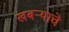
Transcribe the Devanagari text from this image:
खबर्‍याचे